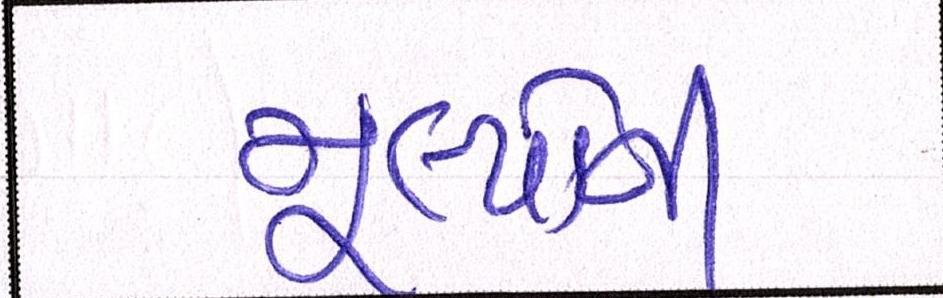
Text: મૂલ્યોની